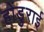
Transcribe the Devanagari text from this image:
होंडुराई